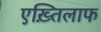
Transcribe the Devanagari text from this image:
एख़्तिलाफ